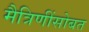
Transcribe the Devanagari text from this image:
मैत्रिणींसोबत